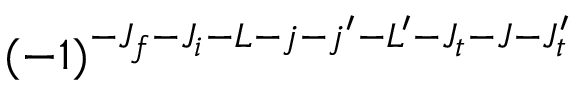
( - 1 ) ^ { - J _ { f } - J _ { i } - L - j - j ^ { \prime } - L ^ { \prime } - J _ { t } - J - J _ { t } ^ { \prime } }